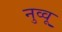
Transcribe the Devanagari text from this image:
नुव्वू